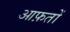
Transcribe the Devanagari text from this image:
आफ़तों